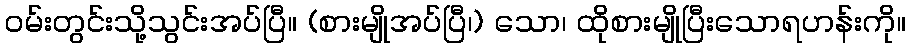
ဝမ်းတွင်းသို့သွင်းအပ်ပြီ။ (စားမျိုအပ်ပြီ၊) သော၊ ထိုစားမျိုပြီးသောရဟန်းကို။